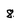
Character: 8